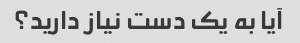
آیا به یک دست نیاز دارید؟